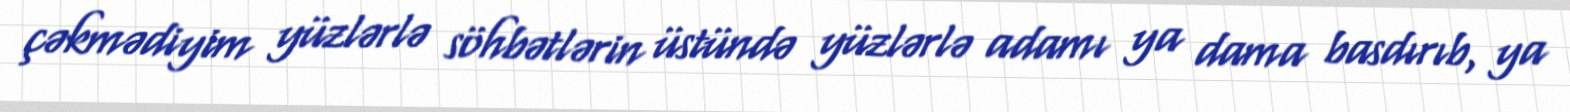
çəkmədiyim yüzlərlə söhbətlərin üstündə yüzlərlə adamı ya dama basdırıb, ya